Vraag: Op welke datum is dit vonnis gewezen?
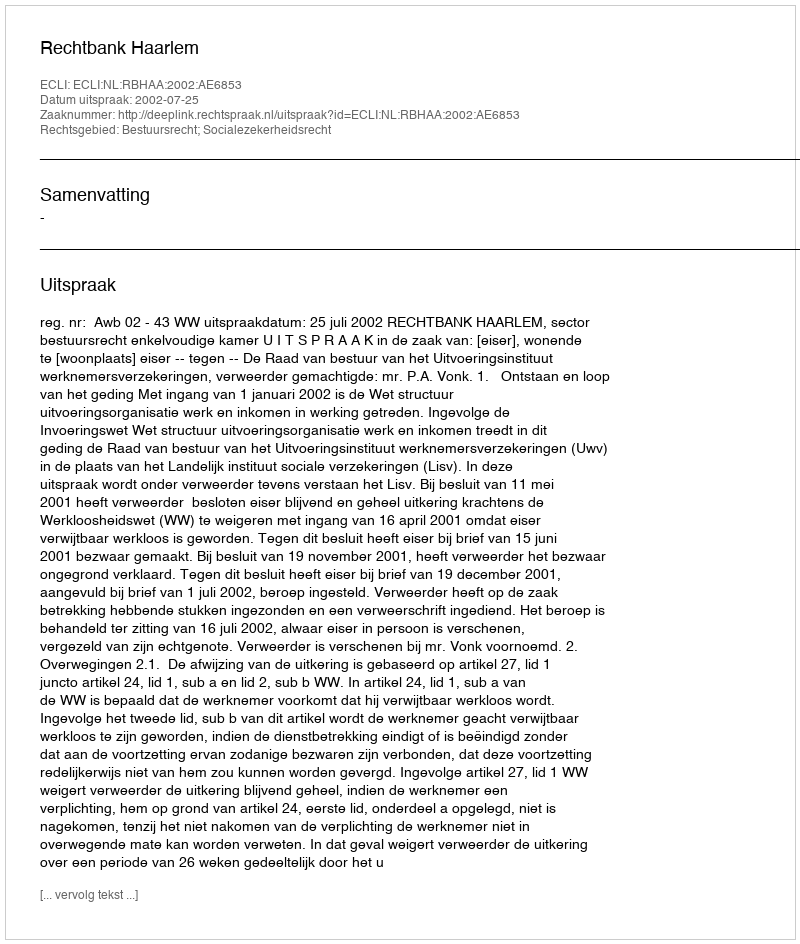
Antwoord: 2002-07-25